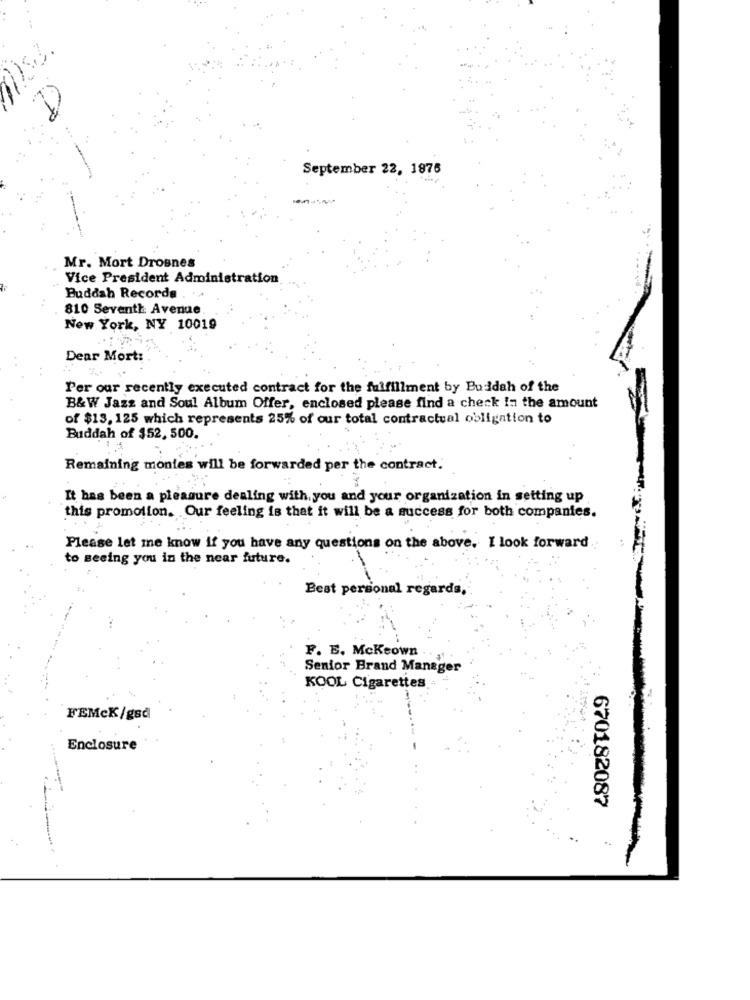
September 22, 1876
Mr. Mort Drosnes
Vice President Administration
Buddah Records
810 Seventh Avenue.
New York, NY 10019
Dear Mort:
Per our recently executed contract for the fulfillment by Buddah of the
B&W Jazz and Soul Album Offer, enclosed please find a check In the amount
of $13, 125 which represents 25% of our total contractual obligation to
Buddah of $52, 500.
Remaining monies will be forwarded per the contract.
It has been a pleasure dealing with you and your organization in setting up
this promotion. Our feeling is that it will be a success for both companies.
Please let me know if you have any questions on the above. I look forward .
to seeing you in the near future.
Best personal regards,
F. E. Mckeown
Senior Brand Manager
KOOL Cigarettes.
FEMcK/gsd
Enclosure
670182087